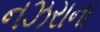
નઝરાના